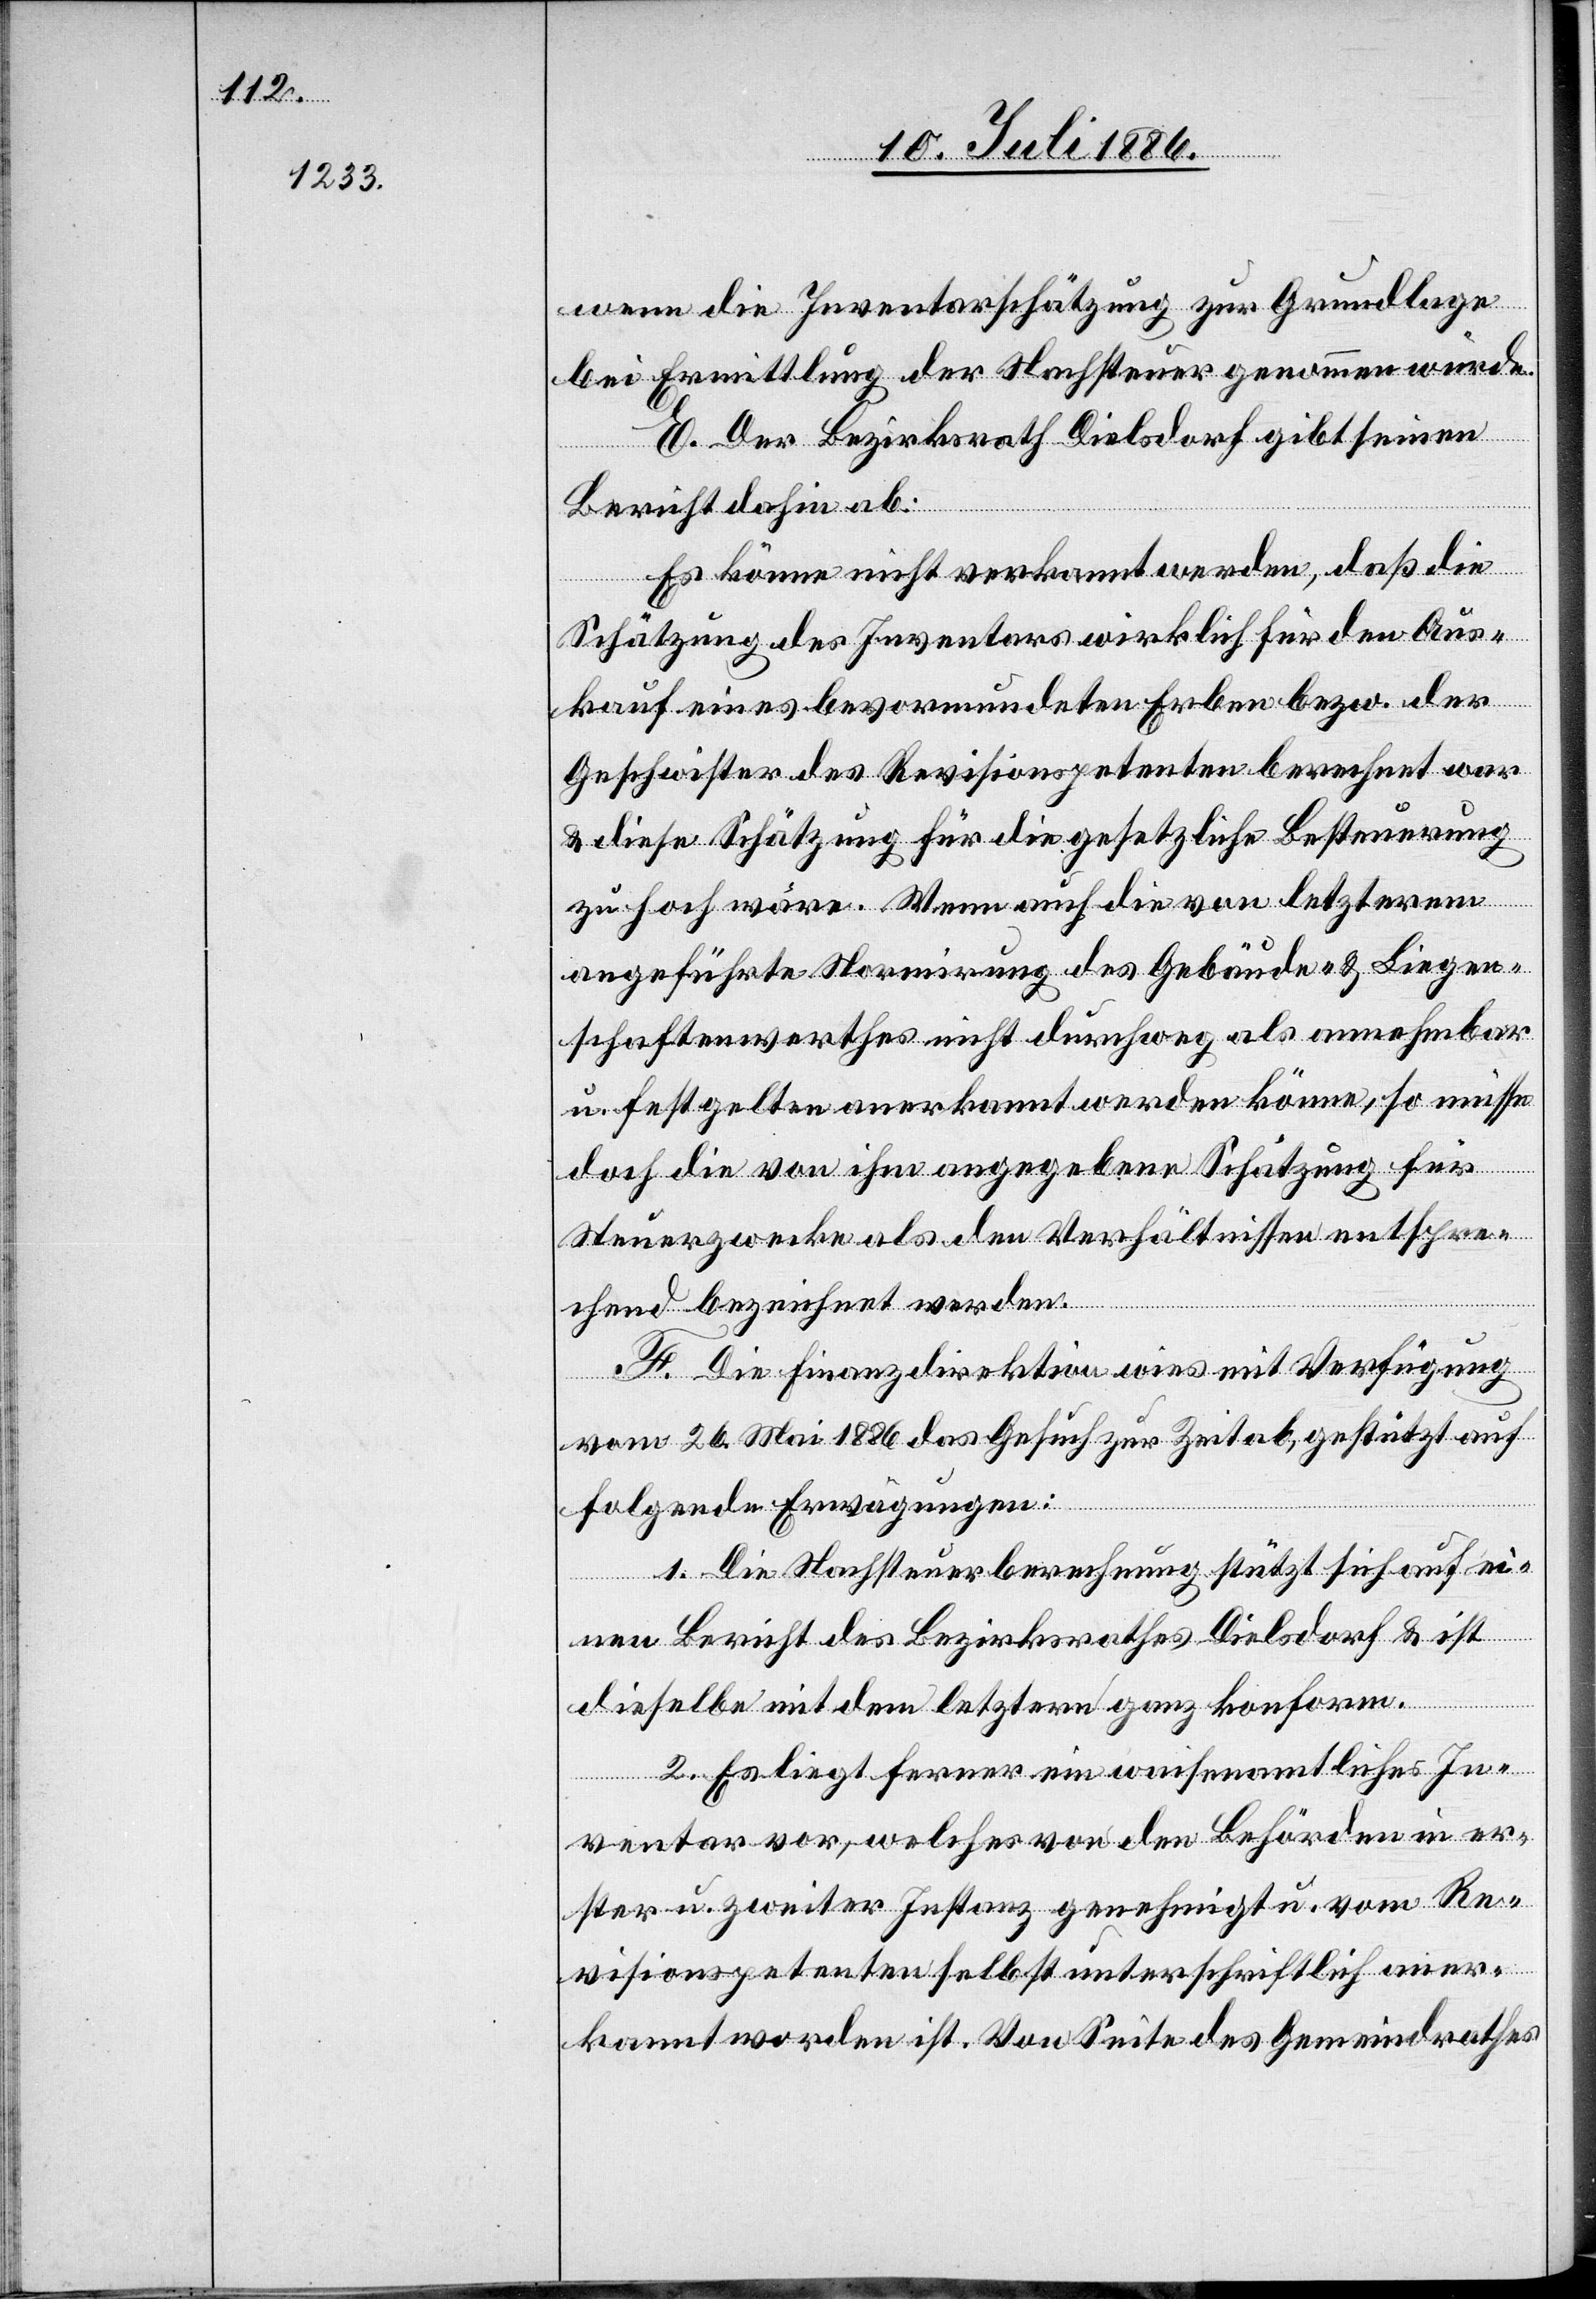
wenn die Inventarschätzung zur Grundlage
bei Ermittlung der Nachsteuer genommen würde.
E. Der Bezirksrath Dielsdorf gibt seinen
Bericht dahin ab:
Es könne nicht verkannt werden, daß die
Schätzung des Inventars wirklich für den Aus¬
kauf eines bevormundeten Erben bezw. der
Geschwister des Revisionspetenten berechnet war
& diese Schätzung für die gesetzliche Besteuerung
zu hoch wäre. Wenn auch die von letzterem
angeführte Normirung des Gebäude- & Liegen¬
schaftenwerthes nicht durchweg als annehmbar
u. festgelten[d] anerkannt werden könne, so müsse
doch die von ihm angegebene Schätzung für
Steuerzwecke als den Verhältnissen entspre¬
chend bezeichnet werden.
F. Die Finanzdirektion wies mit Verfügung
vom 26. Mai 1886 das Gesuch zur Zeit ab, gestützt auf
folgende Erwägungen:
1. Die Nachsteuerberechnung stützt sich auf ei¬
nen Bericht des Bezirksrathes Dielsdorf & ist
dieselbe mit dem letztern ganz konform.
2. Es liegt ferner ein waisenamtliches In¬
ventar vor, welches von den Behörden in er¬
ster u. zweiter Instanz genehmigt u. vom Re¬
visionspetenten selbst unterschriftlich aner¬
kannt worden ist. Von Seite des Gemeindrathes